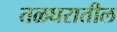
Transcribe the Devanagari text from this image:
तळघरातील